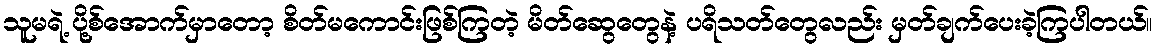
သူမရဲ့ ပို့စ်အောက်မှာတော့ စိတ်မကောင်းဖြစ်ကြတဲ့ မိတ်ဆွေတွေနဲ့ ပရိသတ်တွေလည်း မှတ်ချက်ပေးခဲ့ကြပါတယ်။